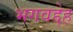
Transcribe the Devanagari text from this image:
भगवद्देह